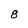
Character: 8